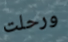
ورحلت